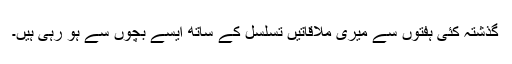
گذشتہ کئی ہفتوں سے میری ملاقاتیں تسلسل کے ساتھ ایسے بچوں سے ہو رہی ہیں۔